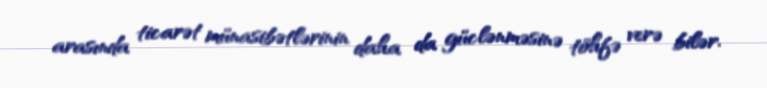
arasında ticarət münasibətlərinin daha da güclənməsinə töhfə verə bilər.